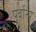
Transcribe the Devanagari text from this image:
पूर्वात्य